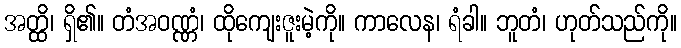
အတ္ထိ၊ ရှိ၏။ တံအဝဏ္ဏံ၊ ထိုကျေးဇူးမဲ့ကို။ ကာလေန၊ ရံခါ။ ဘူတံ၊ ဟုတ်သည်ကို။